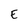
Character: E